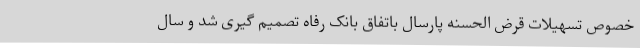
خصوص تسهیلات قرض الحسنه پارسال باتفاق بانک رفاه تصمیم گیری شد و سال